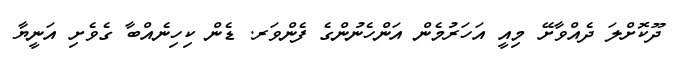
ދޫކޮށްލަ ދެއްވާށޭ މިއީ އަހަރުމެން އަންހެނުންގެ ފެންވަރ. ޑެން ކިހިނެއްބާ ގެވެށި އަނީޔާ